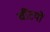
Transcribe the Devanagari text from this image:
चींटयों